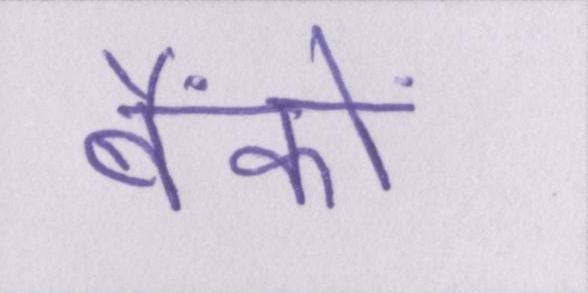
बैंकों